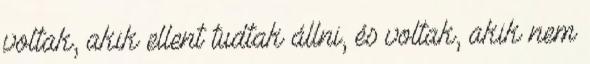
voltak, akik ellent tudtak állni, és voltak, akik nem